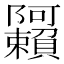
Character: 𬯩